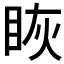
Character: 𰥝